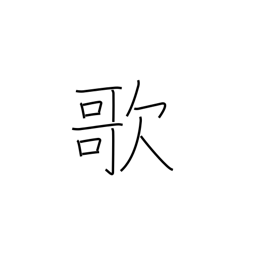
Meaning: sing